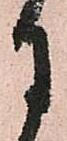
月